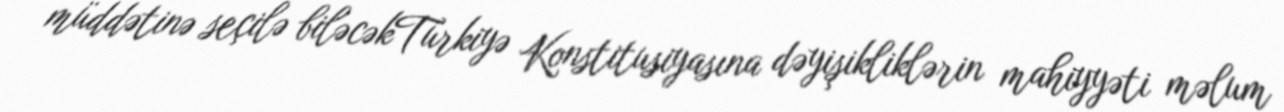
müddətinə seçilə biləcəkTürkiyə Konstitusiyasına dəyişikliklərin mahiyyəti məlum